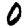
Digit: 0